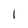
Character: l